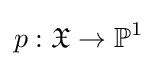
p:{\mathfrak {X}}\to \mathbb {P} ^{1}